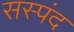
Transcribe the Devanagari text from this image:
सस्पंद